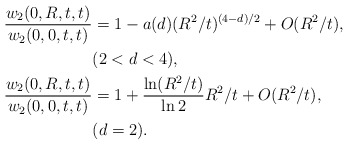
\begin{align*} \frac {w_2(0,R,t,t)}{w_2(0,0,t,t)} & = 1 - a(d) (R^2/t)^{(4-d)/2} + O (R^2/t),\\ & (2<d<4), \\\frac{w_2(0,R,t,t)}{w_2(0,0,t,t)} & = 1 + \frac {\ln (R^2/t)}{\ln2} R^2/t + O (R^2/t), \\ & (d=2) . \\\end{align*}